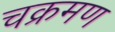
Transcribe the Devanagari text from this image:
चक्रमण